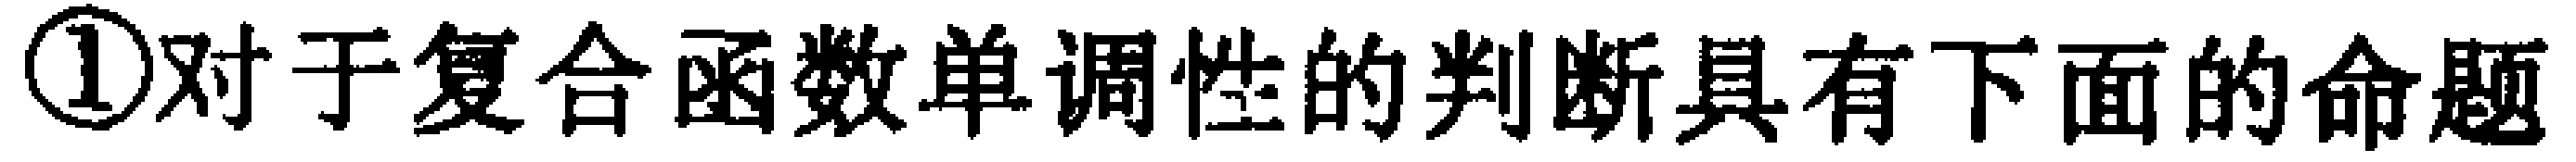
\textcircled{1}对于复合函数单调性的判断具有下面的命题